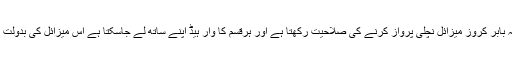
پاک فوج کے ترجمان نے بتایا کہ بابر کروز میزائل نچلی پرواز کرنے کی صلاحیت رکھتا ہے اور ہرقسم کا وار ہیڈ اپنے ساتھ لے جاسکتا ہے اس میزائل کی بدولت پاکستانی دفاع مزید مضبوط ہوگا۔